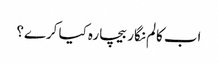
اب کالم نگار بیچارہ کیا کرے؟